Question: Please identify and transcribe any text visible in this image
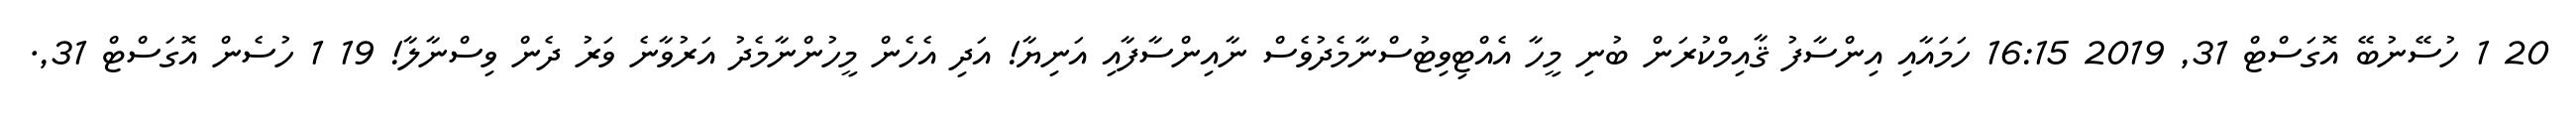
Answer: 20 1 ހުސޭނުބޭ އޮގަސްޓް 31, 2019 16:15 ހަމައާއި އިންސާފު ޤާއިމްކުރަން ބުނި މީހާ އެއްޓިވިޓުސްނާމެދުވެސް ނާއިންސާފާއި އަނިޔާ! އަދި އެހެން މީހުންނާމެދު އަރުވާނެ ވަރު ދެން ވިސްނާލާ! 19 1 ހުސެން އޮގަސްޓް 31,.